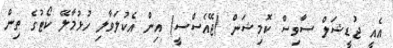
އެއީ ޖުޑީޝަލް ސާވިސް ކޮމިޝަން (ޖޭއެސްސީ) އިން އެކުލަވާލި ހުޅުމާލޭ ކޯޓުގެ ތިން